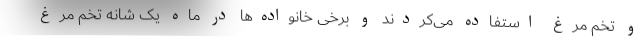
و تخم مرغ استفاده می‌کردند و برخی خانواده‌ها در ماه یک شانه تخم مرغ